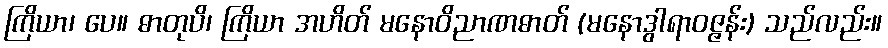
ကြိယာ၊ ပေ။ ဓာတုပိ၊ ကြိယာ အဟိတ် မနောဝိညာဏဓာတ် (မနောဒွါရာဝဇ္ဇန်း) သည်လည်း။